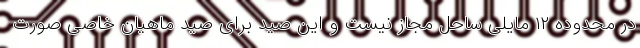
در محدوده ۱۲ مایلی ساحل مجاز نیست و این صید برای صید ماهیان خاصی صورت